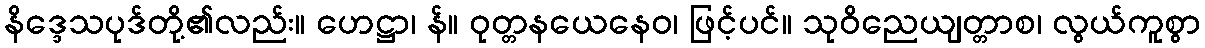
နိဒ္ဒေသပုဒ်တို့၏လည်း။ ဟေဋ္ဌာ၊ န်။ ဝုတ္တနယေနေဝ၊ ဖြင့်ပင်။ သုဝိညေယျတ္တာစ၊ လွယ်ကူစွာ